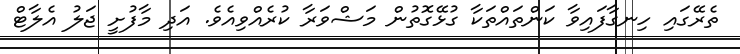
ތެރޭގައި ހިނގާފައިވާ ކަންތައްތަކާ ގުޅޭގޮތުން މަޝްވަރާ ކުރެއްވިއެވެ. އަދި މާފުށީ ޖަލު އެލާޓް